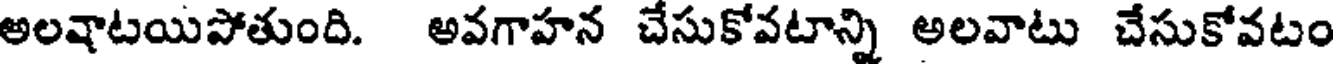
అలవాటయిపోతుంది. అవగాహన చేసుకోవటాన్ని అలవాటు చేసుకోవటం